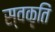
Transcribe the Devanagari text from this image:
स्वकृतिं